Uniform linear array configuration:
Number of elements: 8
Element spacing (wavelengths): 0.5
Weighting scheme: kaiser
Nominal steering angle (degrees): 60
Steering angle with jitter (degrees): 59.422
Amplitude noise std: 0.05
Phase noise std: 0.05

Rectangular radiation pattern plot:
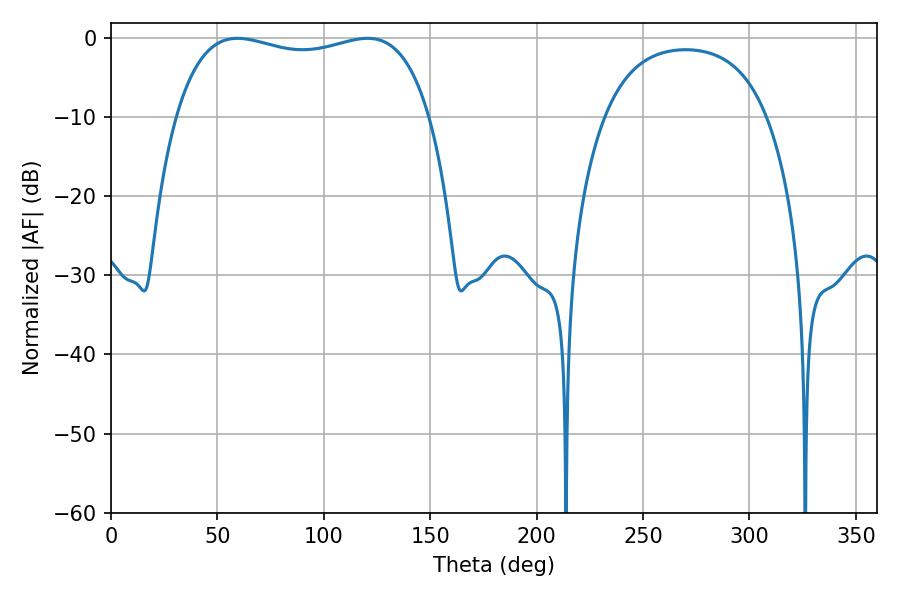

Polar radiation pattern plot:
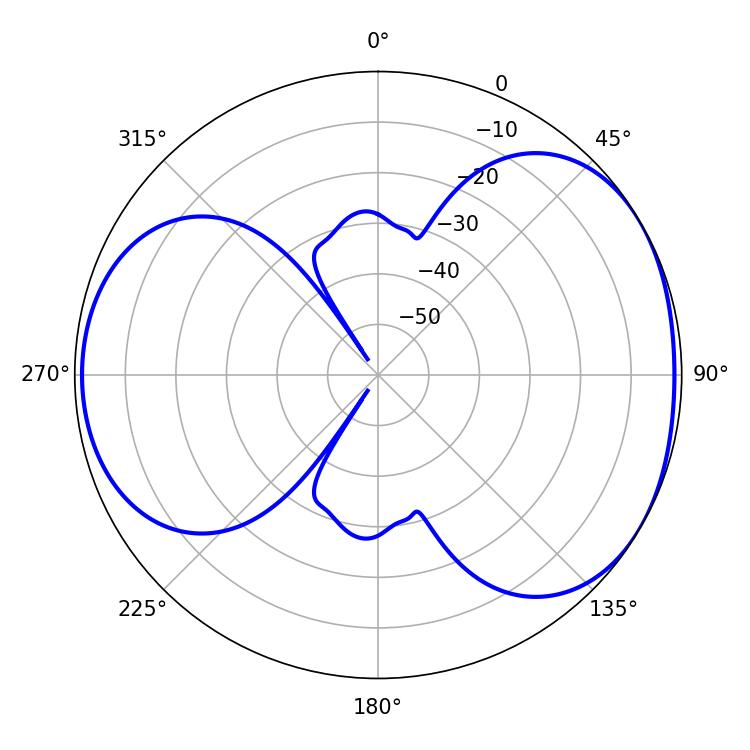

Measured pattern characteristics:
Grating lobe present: FALSE
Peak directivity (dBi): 4.488
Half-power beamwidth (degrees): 96.84
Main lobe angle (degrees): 59.4